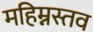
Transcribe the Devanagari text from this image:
महिम्नस्तव